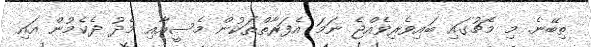
ތިބޭނެ. މި މެޗުގައި ބައިވެރިވެއްޖެ ނަމަ އެފަރާތްތަކުން މެސީއާއި މެދު ދެކެމުން އައި